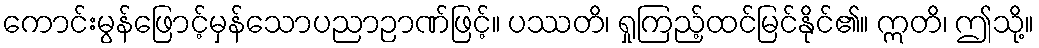
ကောင်းမွန်ဖြောင့်မှန်သောပညာဉာဏ်ဖြင့်။ ပဿတိ၊ ရှုကြည့်ထင်မြင်နိုင်၏။ ဣတိ၊ ဤသို့။